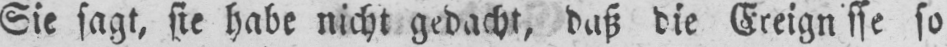
so